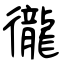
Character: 徿